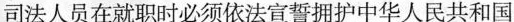
司法人员在就职时必须依法宣誓拥护中华人民共和国